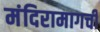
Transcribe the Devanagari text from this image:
मंदिरामागची